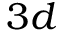
3 d